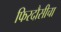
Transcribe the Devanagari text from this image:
फिरदौसीचा